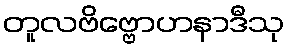
တူလဗိဗ္ဗောဟနာဒီသု